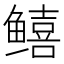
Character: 𬶮